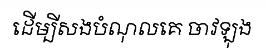
ដើម្បីសងបំណុលគេ ចាវឡុង